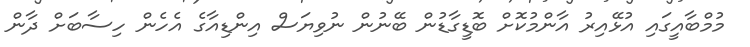
މުމްބާއީގައި އުޅޭއިރު އާންމުކޮށް ބޮޑީގާޑުން ބޭނުން ނުވިޔަސް އިންޑިއާގެ އެހެން ހިސާބަށް ދާން